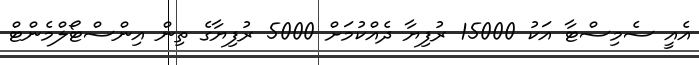
އެއީ ސެމިސްޓާ އަކު 15000 ރުފިޔާ ދެއްކުމަށް 5000 ރުފިޔާގެ ތިން އިންސްޓޯލްމެންޓް